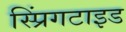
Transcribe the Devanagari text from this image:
स्प्रिंगटाइड